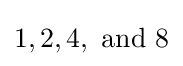
1,2,4,{\text{ and }}8